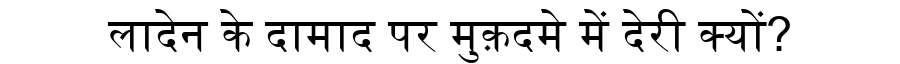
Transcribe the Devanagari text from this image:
लादेन के दामाद पर मुक़दमे में देरी क्यों?